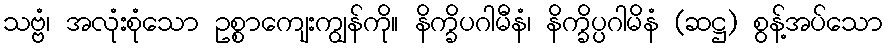
သဗ္ဗံ၊ အလုံးစုံသော ဥစ္စာကျေးကျွန်ကို။ နိက္ခိပဂါမီနံ၊ နိက္ခိပ္ပဂါမိနံ (ဆဋ္ဌ) စွန့်အပ်သော